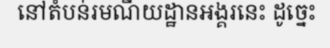
នៅតំបន់រមណីយដ្ឋានអង្គរនេះ ដូច្នេះ